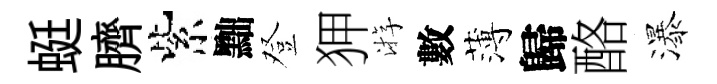
蜓臍紫黜登狎㳺數薄歸酪瀑